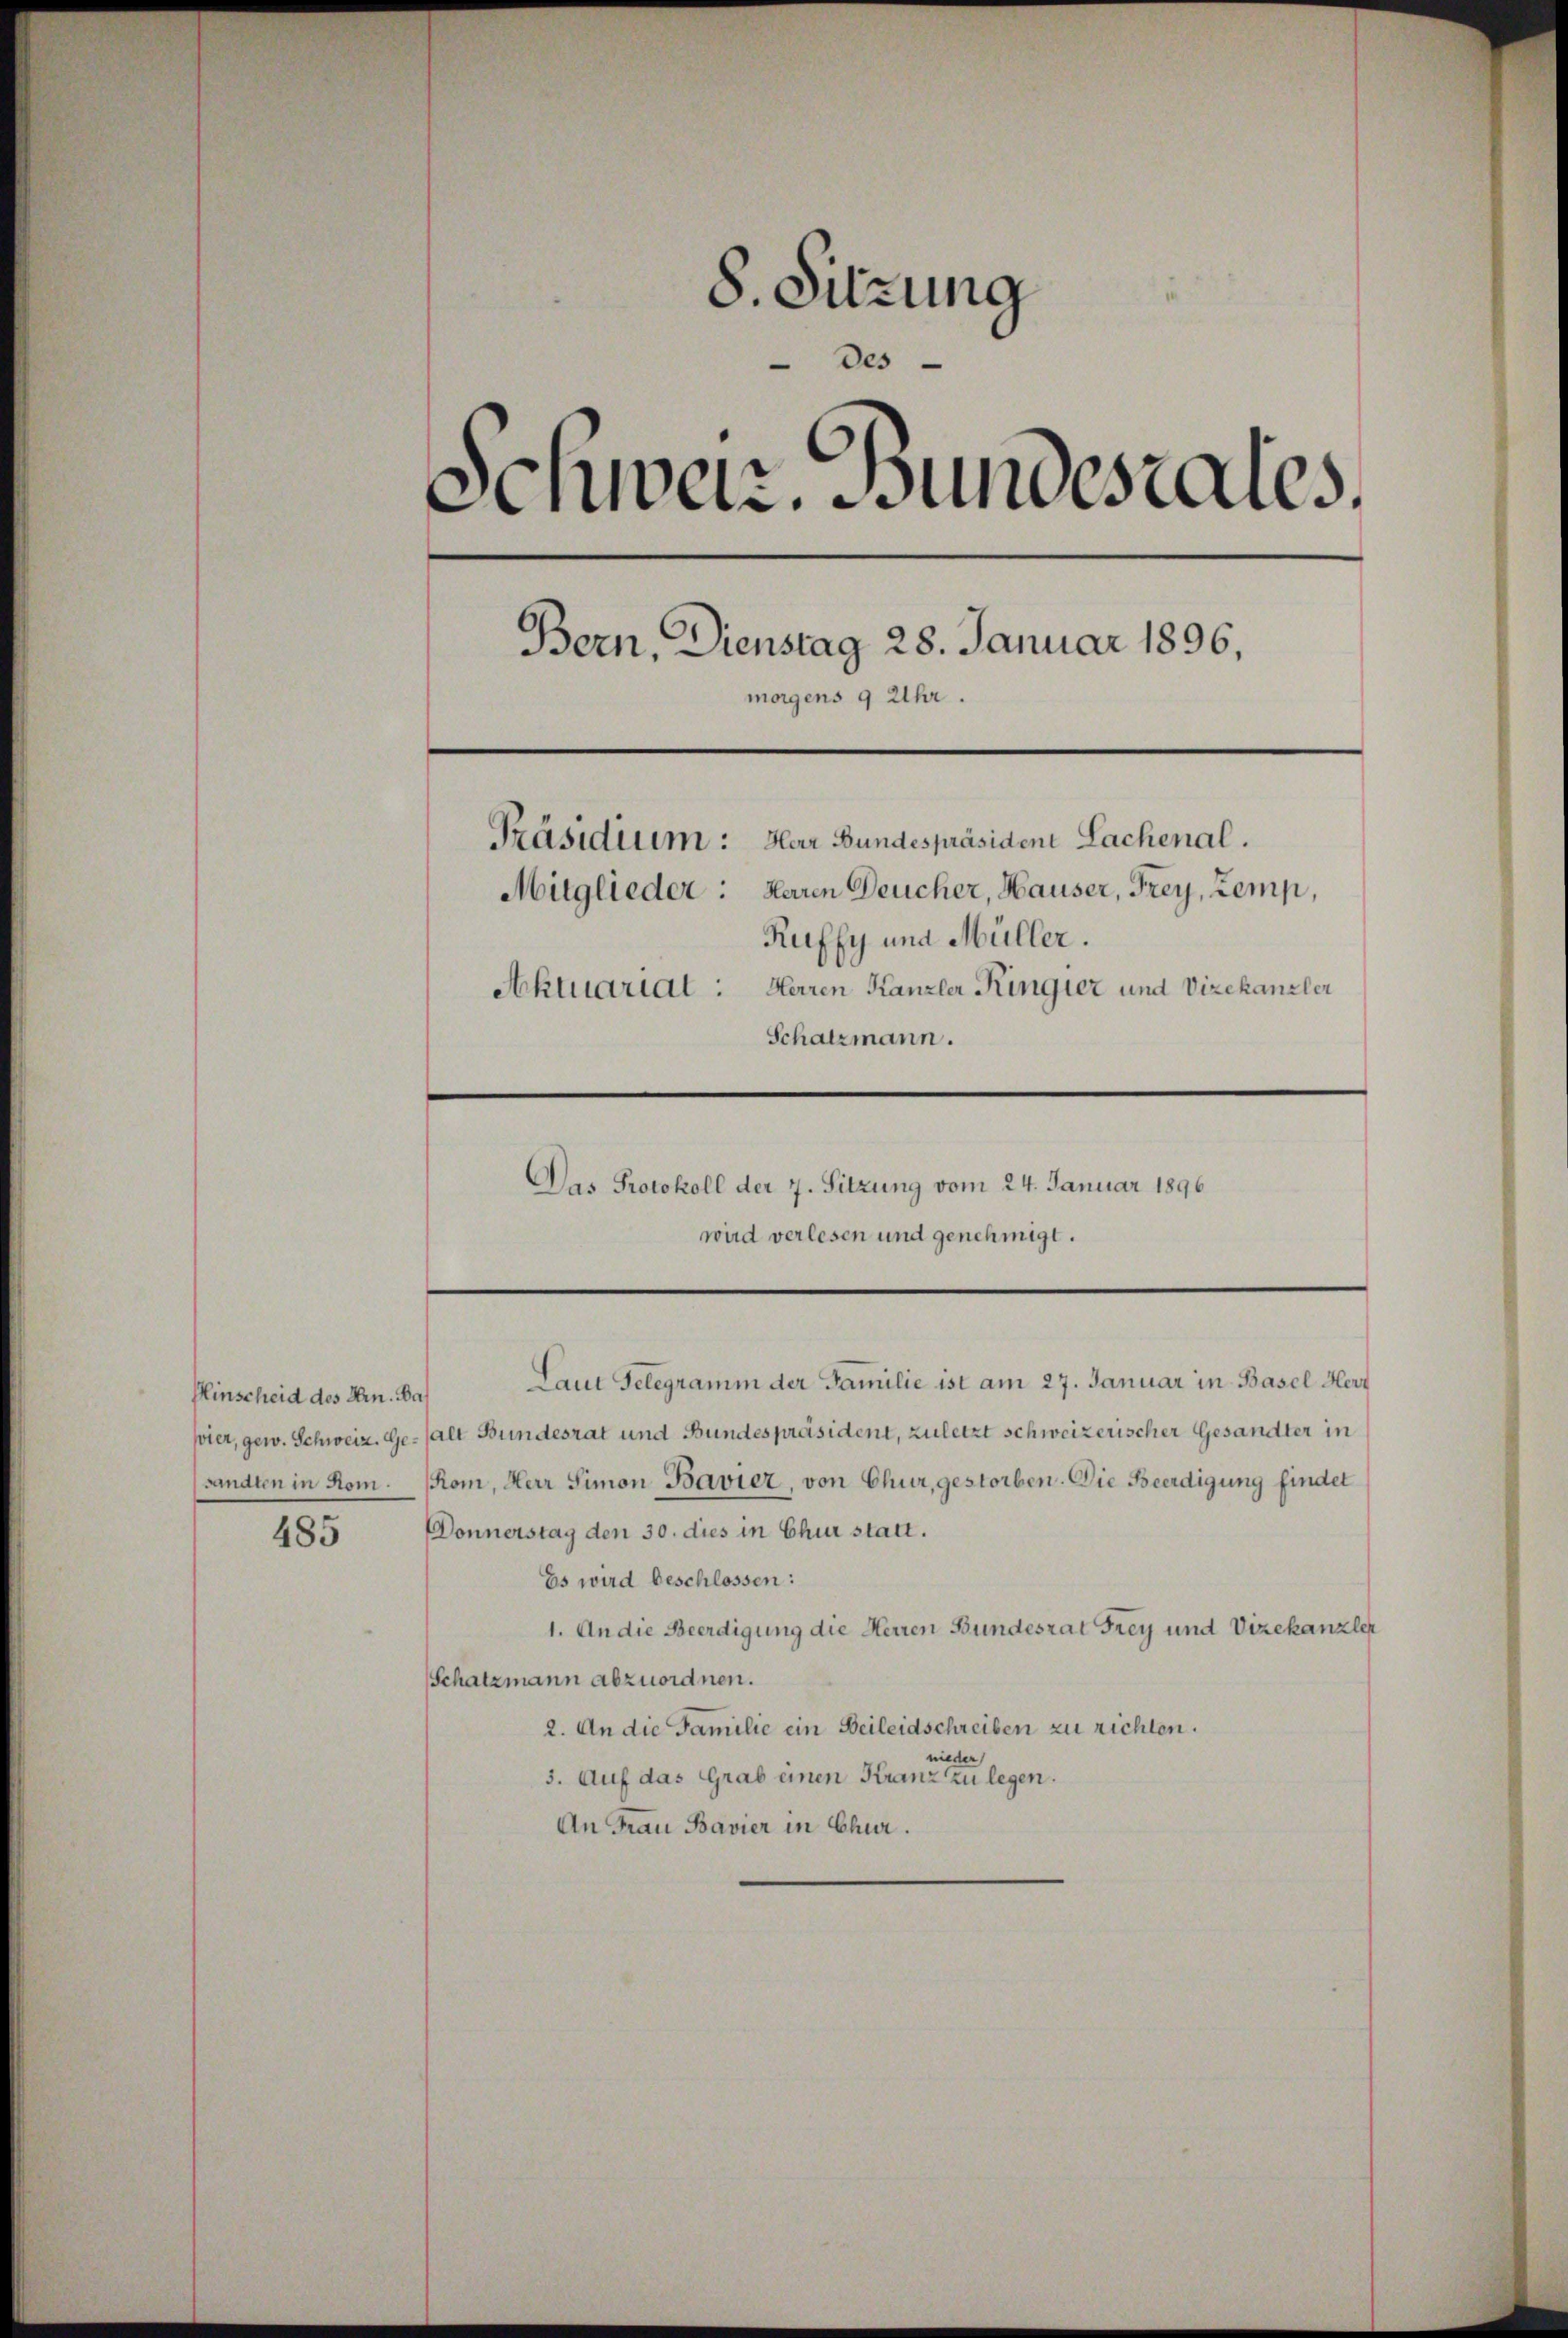
Hinscheid des Hrn. Bas

8. Sitzung
Des
e
denbetr. Bundesrates.
Bern, Dienstag 28. Januar 1896,
morgens 9 Uhr.
Präsidium: Herr Bundespräsiden Lachenal.
Mitglieder: Herren Deucher, Hauser, Frey, Zemp,
Ruffy und Müller.
Aktuariat: Herren Kanzler Ringier und Vizekanzler
Schatzmann.

485

wird verlesen und genehmigt.

Laut Gelegramm der Familie ist am 27. Januar in Basel Herr
pier, gew. Schweiz. Gehalt Bundesrat und Bundespräsident, zuletzt schweizerischer Gesandter in
sandten in Rom. Som, Herr Simon Bavier, von Chur, gestorben. Die Beerdigung findet
DDonnerstag den 30. dies in Chur statt.
Es wird beschlossen:
1. An die Beerdigung die Herren Bundesrat Frey und Vizekanzler
Schatzmann abzuordnen.
2. An die Familie ein Beileidschreiben zu richten.
nieder
3. Auf das Grab einen Kranz zu legen.
An Frau Bavier in Chur.

Das Protokoll der 7. Sitzung vom 24. Januar 1896